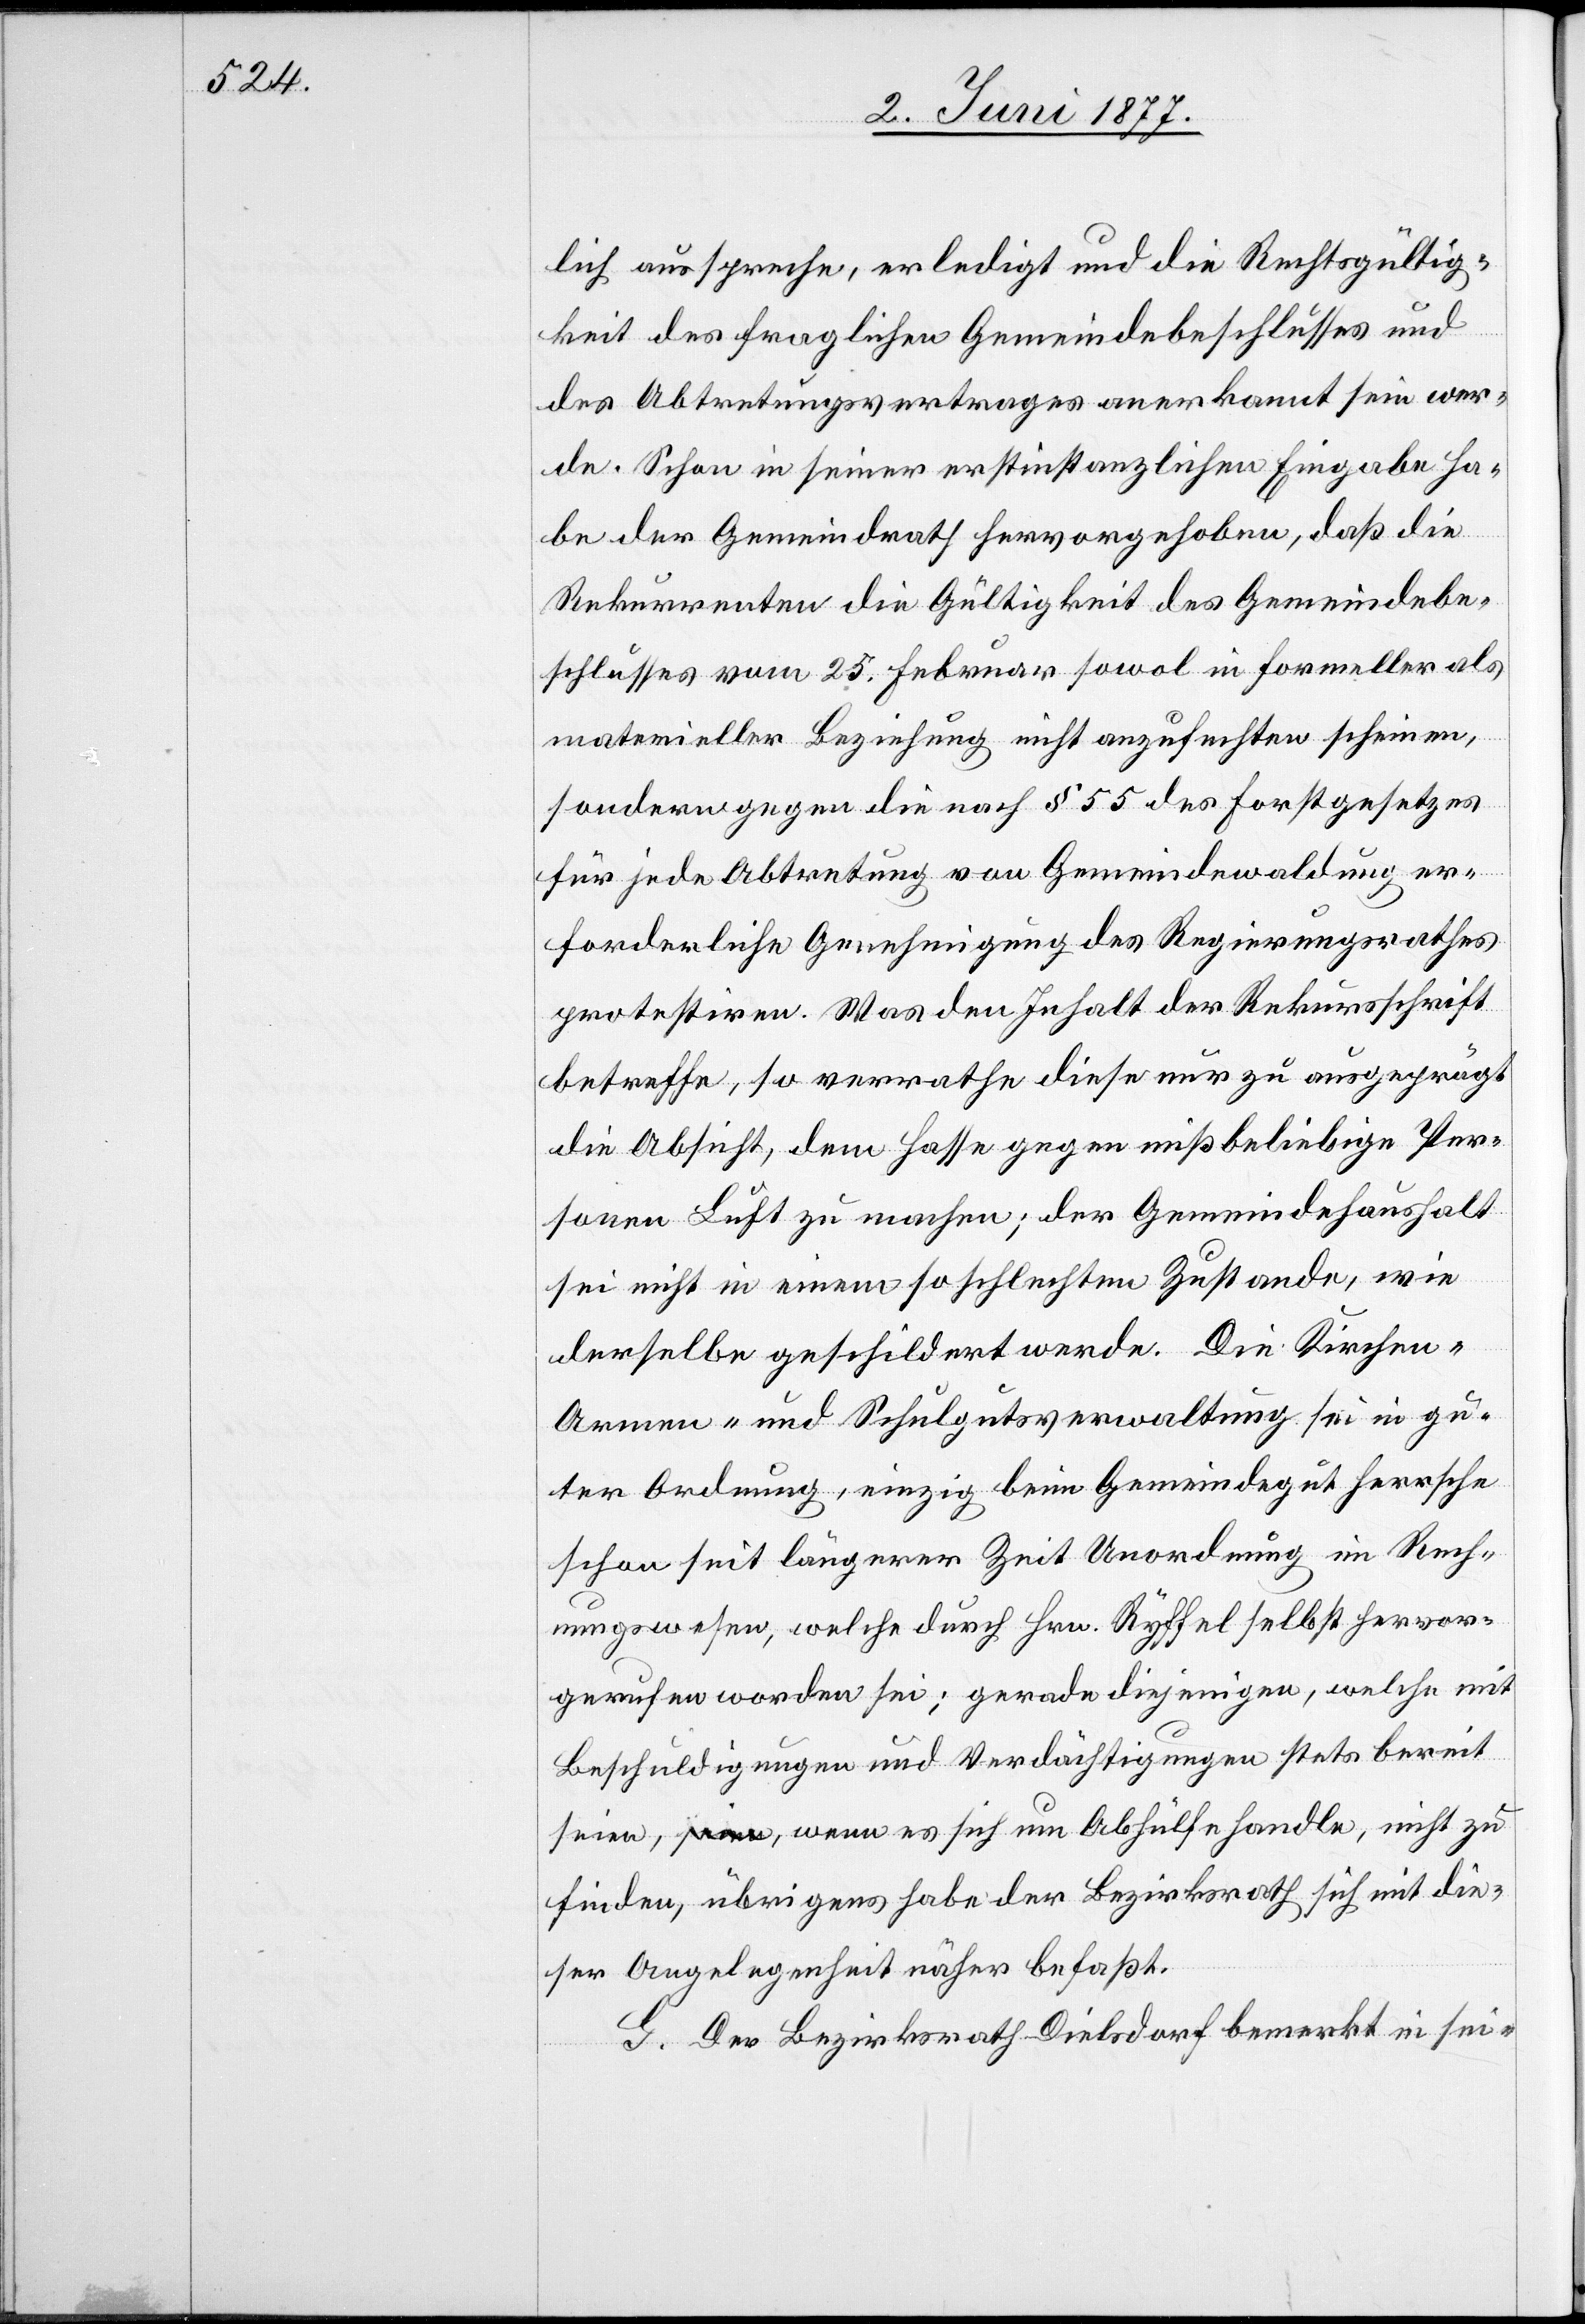
lich ausspreche, erledigt und die Rechtsgültig¬
keit des fraglichen Gemeindebeschlusses und
des Abtretungsvertrages anerkannt sein wer¬
de. Schon in seiner erstinstanzlichen Eingabe ha¬
be der Gemeindrath hervorgehoben, daß die
Rekurrenten die Gültigkeit des Gemeindebe¬
schlusses vom 25. Februar sowol in formeller als
materieller Beziehung nicht anzufechten scheinen,
sondern gegen die nach § 55 des Forstgesetzes
für jede Abtretung von Gemeindewaldung er¬
forderliche Genehmigung des Regierungsrathes
protestiren. Was den Inhalt der Rekursschrift
betreffe, so verrathe diese nur zu ausgeprägt
die Absicht, dem Hasse gegen mißbeliebige Per¬
sonen Luft zu machen; der Gemeindehaushalt
sei nicht in einem so schlechten Zustande, wie
derselbe geschildert werde. Die Kirchen-
Armen- und Schulgutsverwaltung sei in gu¬
ter Ordnung, einzig beim Gemeindegut herrsche
schon seit längerer Zeit Unordnung im Rech¬
nungswesen, welche durch Hrn. Ryffel selbst hervor¬
gerufen worden sei; gerade diejenigen, welche mit
Beschuldigungen und Verdächtigungen stets bereit
seien, wenn es sich um Abhülfe handle, nicht zu
finden, übrigens habe der Bezirksrath sich mit die¬
ser Angelegenheit näher befaßt.
G. Der Bezirksrath Dielsdorf bemerkt in sei-